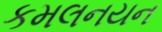
કમલનયન